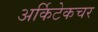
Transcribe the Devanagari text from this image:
अर्किटेकचर